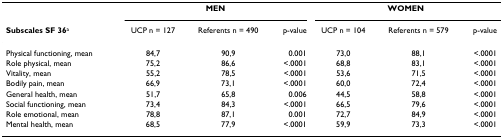
<table><thead><tr><td></td><td colspan="3"><b>MEN</b></td><td colspan="3"><b>WOMEN</b></td></tr><tr><td><b>Subscales SF 36<sup>a</sup></b></td><td><b>UCP n = 127</b></td><td><b>Referents n = 490</b></td><td><b>p-value</b></td><td><b>UCP n = 104</b></td><td><b>Referents n = 579</b></td><td><b>p-value</b></td></tr></thead><tbody><tr><td>Physical functioning, mean</td><td>84,7</td><td>90,9</td><td>0.001</td><td>73,0</td><td>88,1</td><td>&lt;.0001</td></tr><tr><td>Role physical, mean</td><td>75,2</td><td>86,6</td><td>&lt;.0001</td><td>68,8</td><td>83,1</td><td>&lt;.0001</td></tr><tr><td>Vitality, mean</td><td>55,2</td><td>78,5</td><td>&lt;.0001</td><td>53,6</td><td>71,5</td><td>&lt;.0001</td></tr><tr><td>Bodily pain, mean</td><td>66,9</td><td>73,1</td><td>&lt;.0001</td><td>60,0</td><td>72,4</td><td>&lt;.0001</td></tr><tr><td>General health, mean</td><td>51,7</td><td>65,8</td><td>0.006</td><td>44,5</td><td>58,8</td><td>&lt;.0001</td></tr><tr><td>Social functioning, mean</td><td>73,4</td><td>84,3</td><td>&lt;.0001</td><td>66,5</td><td>79,6</td><td>&lt;.0001</td></tr><tr><td>Role emotional, mean</td><td>78,8</td><td>87,1</td><td>0.001</td><td>72,7</td><td>84,9</td><td>&lt;.0001</td></tr><tr><td>Mental health, mean</td><td>68,5</td><td>77,9</td><td>&lt;.0001</td><td>59,9</td><td>73,3</td><td>&lt;.0001</td></tr></tbody></table>